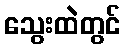
သွေးထဲတွင်